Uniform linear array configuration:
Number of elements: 16
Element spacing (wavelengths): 0.75
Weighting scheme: blackman
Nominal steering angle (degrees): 15
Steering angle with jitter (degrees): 13.54
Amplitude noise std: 0.05
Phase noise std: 0.05

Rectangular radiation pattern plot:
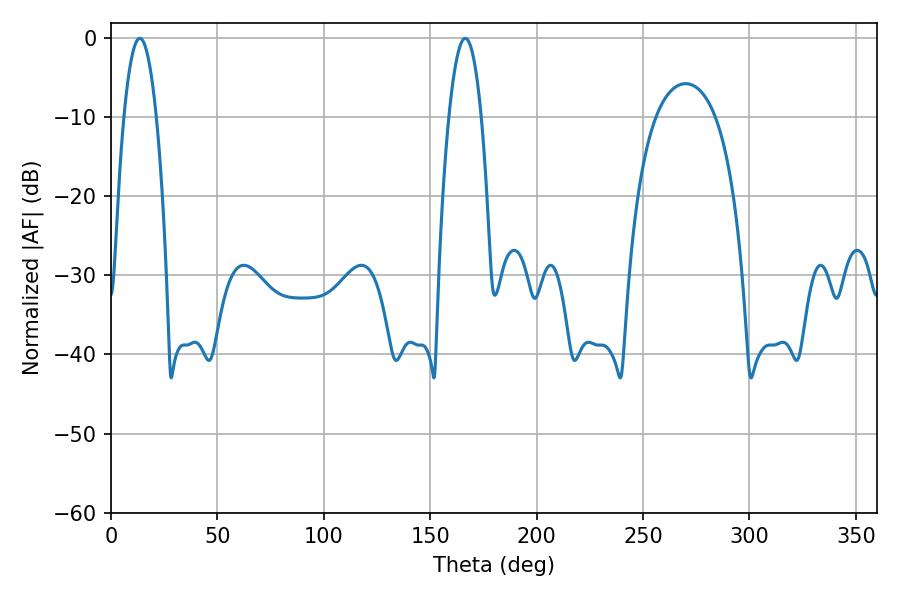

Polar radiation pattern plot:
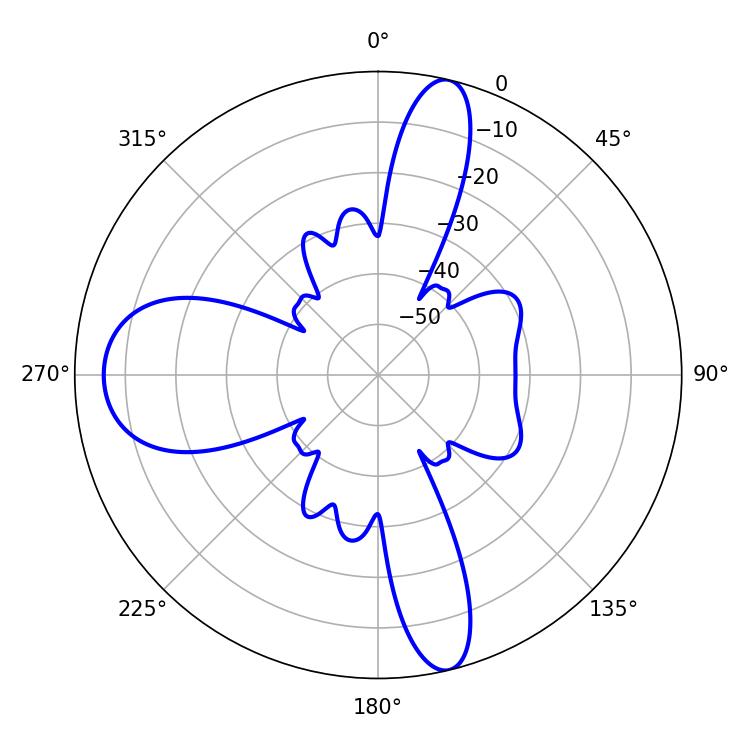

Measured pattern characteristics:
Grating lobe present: TRUE
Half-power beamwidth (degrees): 8.46
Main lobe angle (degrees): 13.5